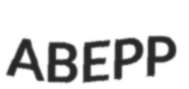
ABEPP